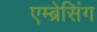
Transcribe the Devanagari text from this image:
एम्ब्रेसिंग